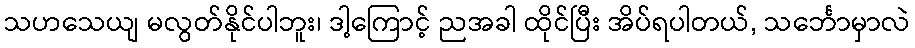
သဟသေယျ မလွတ်နိုင်ပါဘူး၊ ဒါ့ကြောင့် ညအခါ ထိုင်ပြီး အိပ်ရပါတယ်, သင်္ဘောမှာလဲ